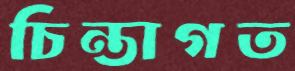
চিন্তাগত